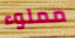
مملوء